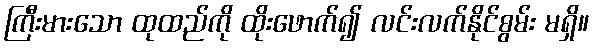
ကြီးမားသော ထုထည်ကို ထိုးဖောက်၍ လင်းလက်နိုင်စွမ်း မရှိ။